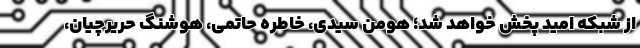
از شبکه امید پخش خواهد شد؛ هومن سیدی، خاطره حاتمی، هوشنگ حریرچیان،